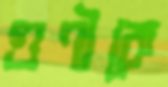
গুণীকে